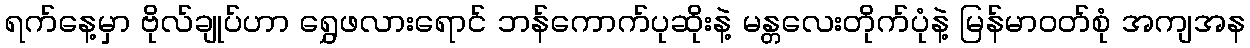
ရက်နေ့မှာ ဗိုလ်ချုပ်ဟာ ရွှေဖလားရောင် ဘန်ကောက်ပုဆိုးနဲ့ မန္တလေးတိုက်ပုံနဲ့ မြန်မာဝတ်စုံ အကျအန